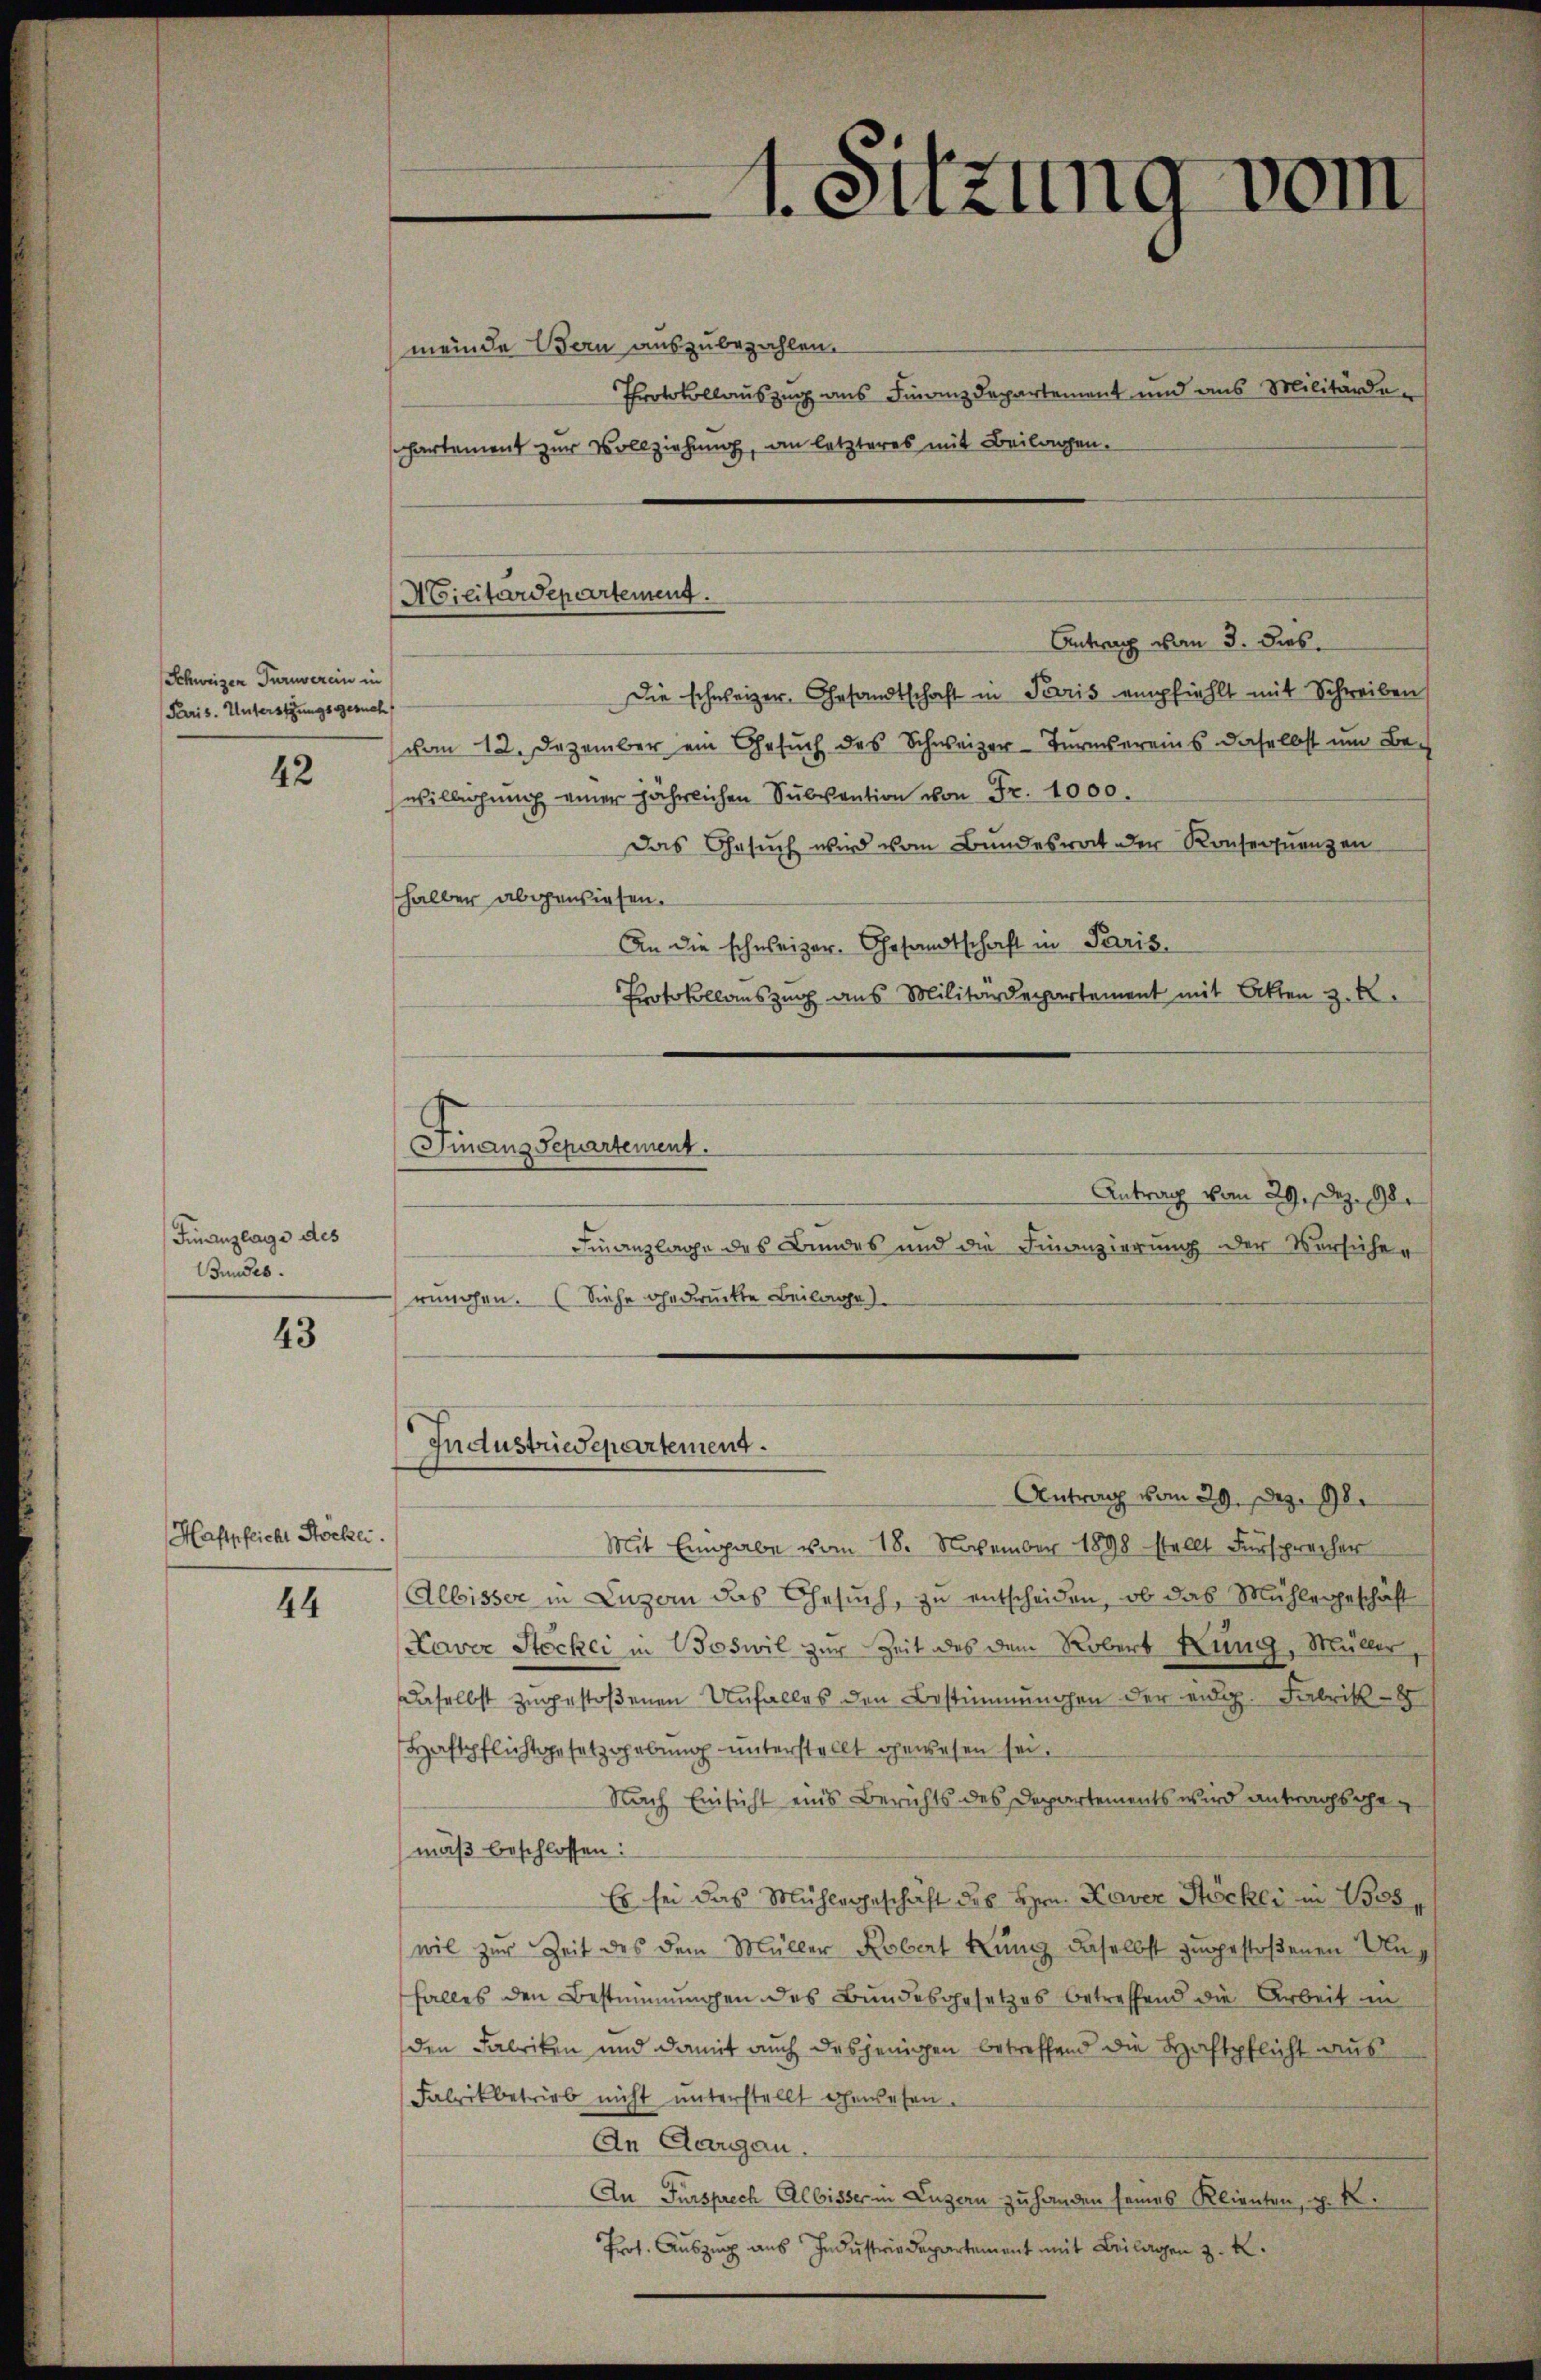
Schweizen Turnverein in
Paris. Unterstungsgesuch

42

Finanzlage des
Bundes.

43

Haftpflicht Stockei.

44

ACilitärdepartement.

meinde Bern auszubezahlen.
Protokollauszug aus Finanzdepartement und aus Militärdehartement zur Vollziehung, an letzteres mit Beilagen.
Antrag von 3. Dies
Die schweizer, Gesandtschaft in Paris empfiehlt mit Schreiben
vom 12. Dezember ein Gesuch des Schweizer-Turnvereins daselbst um Bewilligung einer jährlichen Subvention von Fr. 1000.
Das Gesuch wird vom Bundesrat der Konsequenzen
halber abgewiesen.
An die schweizer. Gesandtschaft in Paris,
Protokollauszug aus Militärdepartement mit Akten z.
Finanz Separtement.
Antrag vom 29. Dez. 98.
Finanzlage des Bundes und die Finanzierung der Versicher
rungen. (Siehe gedruckte Beilage

Industriedepartement.

1. Sitzung vom

Antrag vom 29. Dez. 98.
Mit Eingabe vom 18. November 1898 stellt Fürsprecher
Albisser in Luzern das Gesuch, zu entscheiden, ob das Mühlegeschäft
Naver Stocker in Boswil zur Zeit des dem Robert Lung, Müller,
Daselbst zugestoßenen Unfalles den Bestimmungen der eidg. Fabrik-
Haftpflichtgesetzgebung unterstellt gewesen sei.
Nach Einsicht eins Berichts des Departements wird antragsgemäß beschlossen:
Es sei das Mühlegeschaft des Hrn. Xaver Stöcker in 1525,
wil zur Zeit des dem Müller Robert fung daselbst zugestoßenen Unfalles den Bestimmungen des Bundesgesetzes betreffend die Arbeit in
den Fabriken und damit auch dasjenigen betreffend die Haftpflicht aus
Fabrikbetrieb nicht unterstellt gewesen.
An Aargau.
An Fürsprech Albisser in Luzern zu handen seines Klienten, z. B.
Prot. Auszug aus Industriedepartement mit Beilagen z. B.